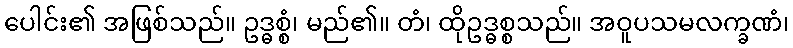
ပေါင်း၏ အဖြစ်သည်။ ဥဒ္ဓစ္စံ၊ မည်၏။ တံ၊ ထိုဥဒ္ဓစ္စသည်။ အဝူပသမလက္ခဏံ၊